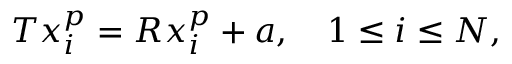
\begin{array} { r } { T x _ { i } ^ { p } = R x _ { i } ^ { p } + a , \quad 1 \leq i \leq N , } \end{array}